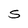
Character: S